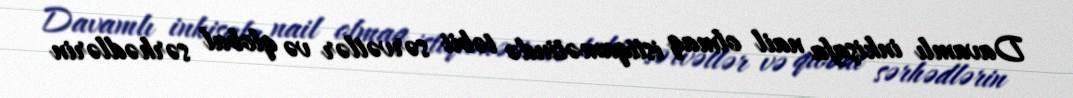
Davamlı inkişafa nail olmaq istiqamətində təbii sərvətlər və qlobal sərhədlərin